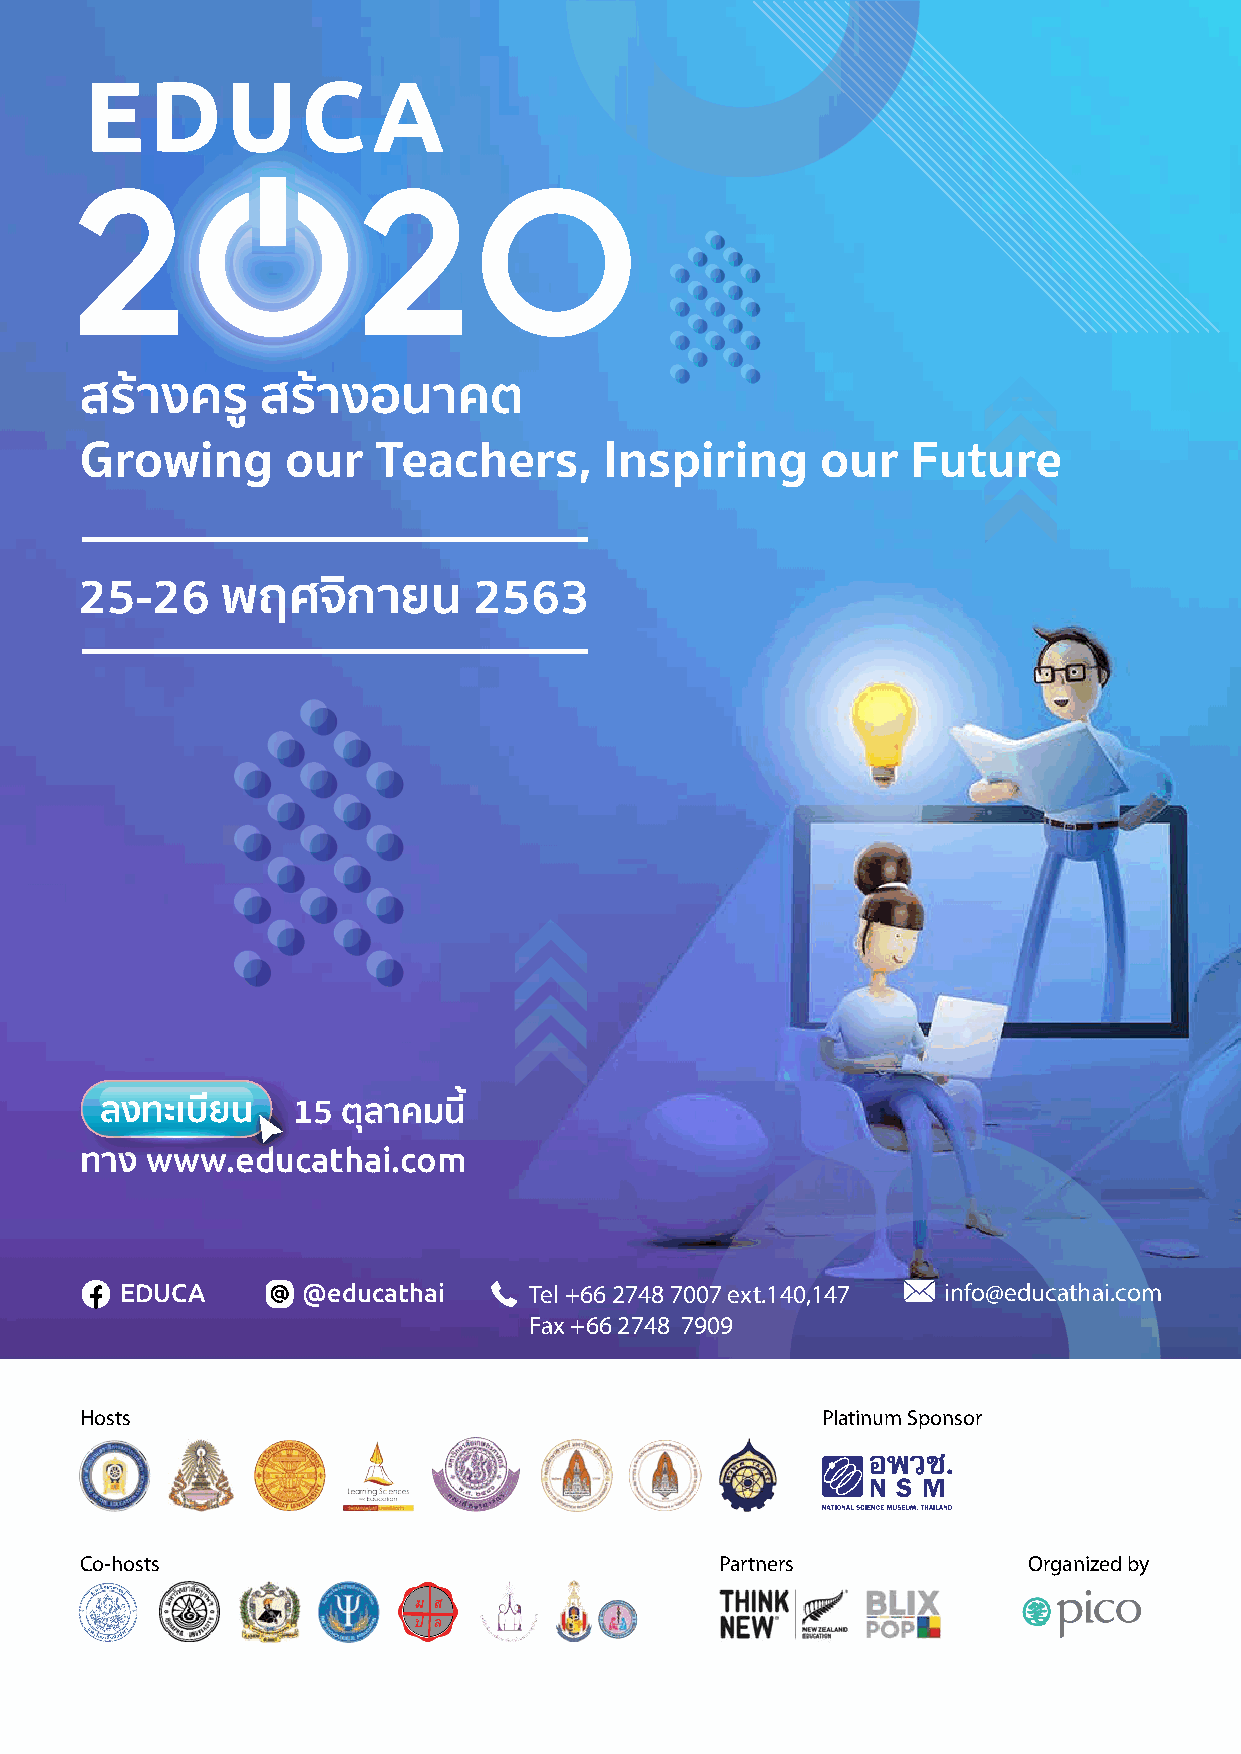
สรางครู    สรางอนาคต
 Growing       our   Teachers,      Inspiring     our   Future
 25-26     พฤศจิกายน       2563
 ล ง ท ะ เ บ ีย น 15 ตุลาคมนี้
 www.educathai.com
 ทาง
 EDUCA       @educathai     Tel +66 2748 7007 ext.140,147 info@educathai.com
 Fax +66 2748 7909
 Hosts                                            Platinum Sponsor
 Co-hosts                                   Partners            Organized by